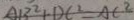
A B ^ { 2 } + D C ^ { 2 } = A C ^ { 2 }